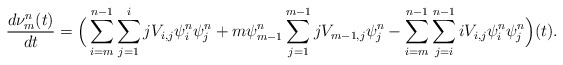
\begin{align*}\frac{d\nu^{n}_m(t)}{dt}=\Big(\sum_{i=m}^{n-1}\sum_{j=1}^{i}jV_{i,j}\psi^{n}_i \psi^{n}_j + m\psi^{n}_{m-1}\sum_{j=1}^{m-1}jV_{m-1,j}\psi^{n}_j - \sum_{i=m}^{n-1}\sum_{j=i}^{n-1}iV_{i,j}\psi^{n}_i\psi^{n}_j\Big)(t).\end{align*}